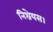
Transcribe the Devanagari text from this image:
निश्रेयस।